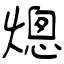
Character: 熜